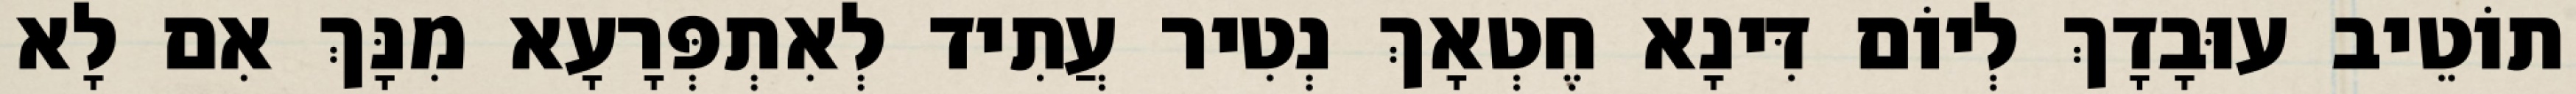
תוֹטֵיב עוּבָדָךְ לְיוֹם דִּינָא חֶטְאָךְ נְטִיר עֲתִיד לְאִתְפְּרָעָא מִנָּךְ אִם לָא